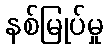
နစ်မြုပ်မှု